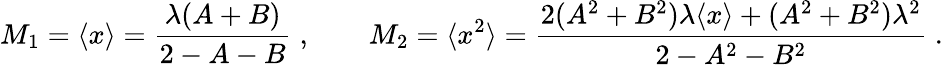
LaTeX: M_{1}=\langle x\rangle={\frac{\lambda(A+B)}{2-A-B}}\; ,\qquad M_{2}=\langle x^{2}\rangle={\frac{2(A^{2}+B^{2})\lambda\langle x\rangle+(A^{2}+B^{2})\lambda^{2}}{2-A^{2}-B^{2}}}\; .